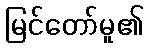
မြင်တော်မူ၏